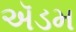
ઍડમ